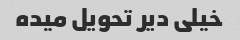
خیلی دیر تحویل میده